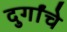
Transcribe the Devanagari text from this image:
दुर्गांचे